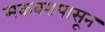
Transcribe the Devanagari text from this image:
मकबरापासून